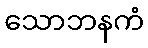
သောဘနကံ